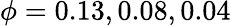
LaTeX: \phi=0.13,0.08,0.04